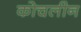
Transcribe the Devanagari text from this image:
कोचलीन